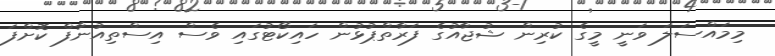
މިމައްސަލަ ވަނީ މީގެ ކުރިން ޝުޖާއުގެ ފަރާތްޕުޅުން ހައިކޯޓުގައި ވެސް އިސްތިއުނާފް ކޮށްފަ